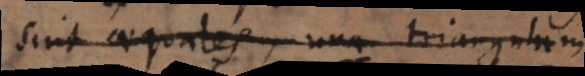
sint aequales, una triangulum